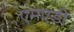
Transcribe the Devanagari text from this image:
एमएडी